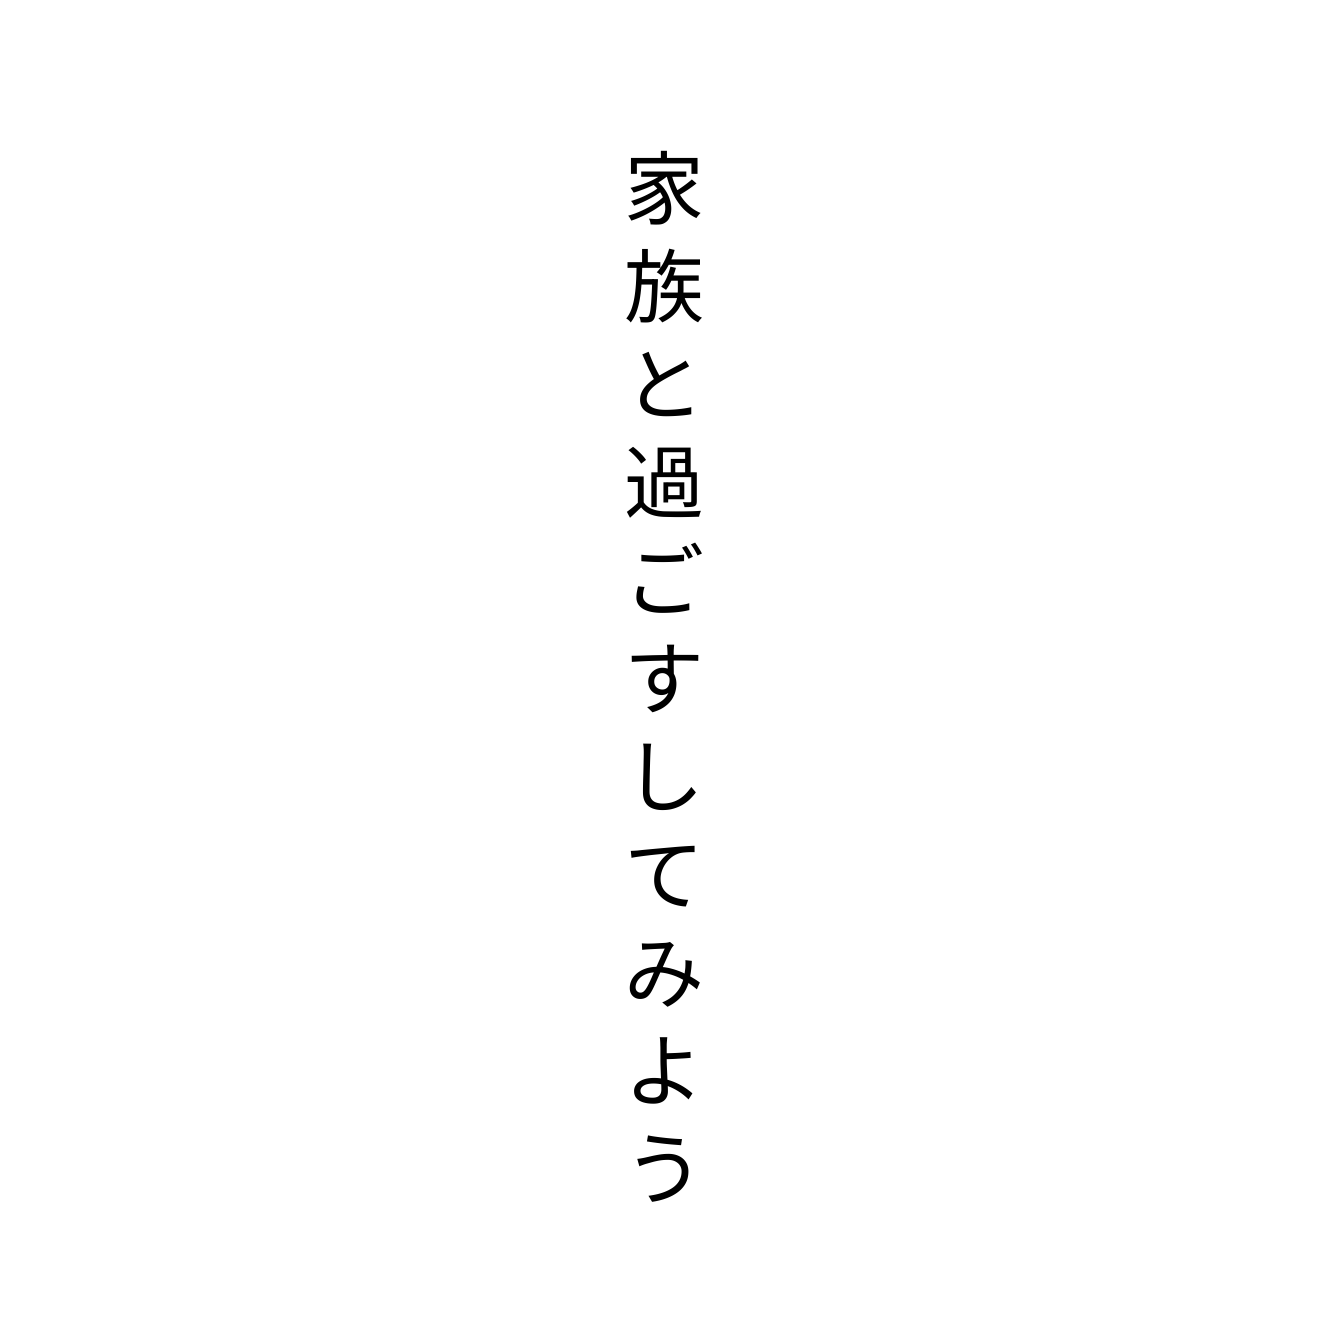
家族と過ごすしてみよう